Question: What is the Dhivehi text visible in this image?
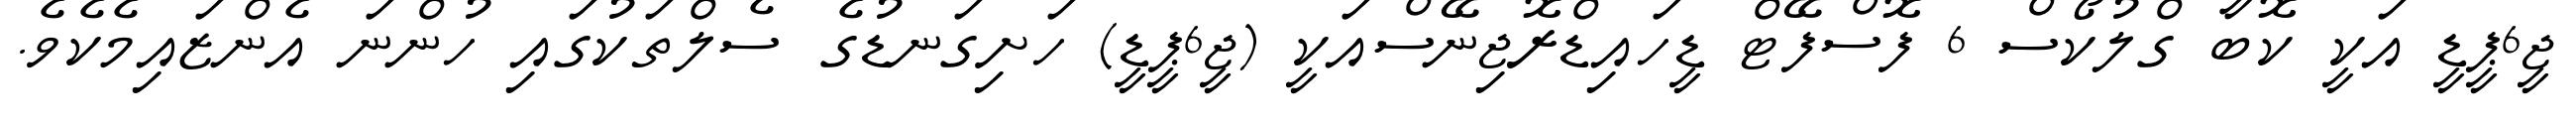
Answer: ޖީ6ޕީޑީ އަކީ ކޮބާ ގްލުކޯސް 6 ފޮސްފޭޓް ޑީހައިޑްރޮޖިނޭސްއަކީ (ޖީ6ޕީޑީ) ހަށިގަނޑުގެ ސެލްތަކުގައި ހުންނަ އެންޒައިމެކެވެ.